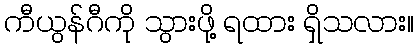
ကီယွန်ဂီကို သွားဖို့ ရထား ရှိသလား။